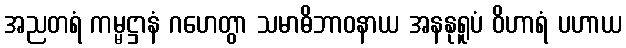
အညတရံ ကမ္မဋ္ဌာနံ ဂဟေတွာ သမာဓိဘာဝနာယ အနနုရူပံ ဝိဟာရံ ပဟာယ